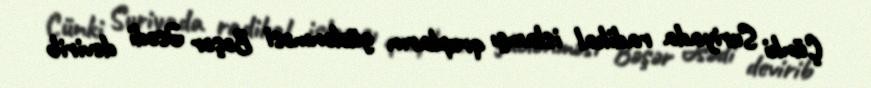
Çünki Suriyada radikal islamçı qrupların güclənməsi Bəşər Əsədi devirib